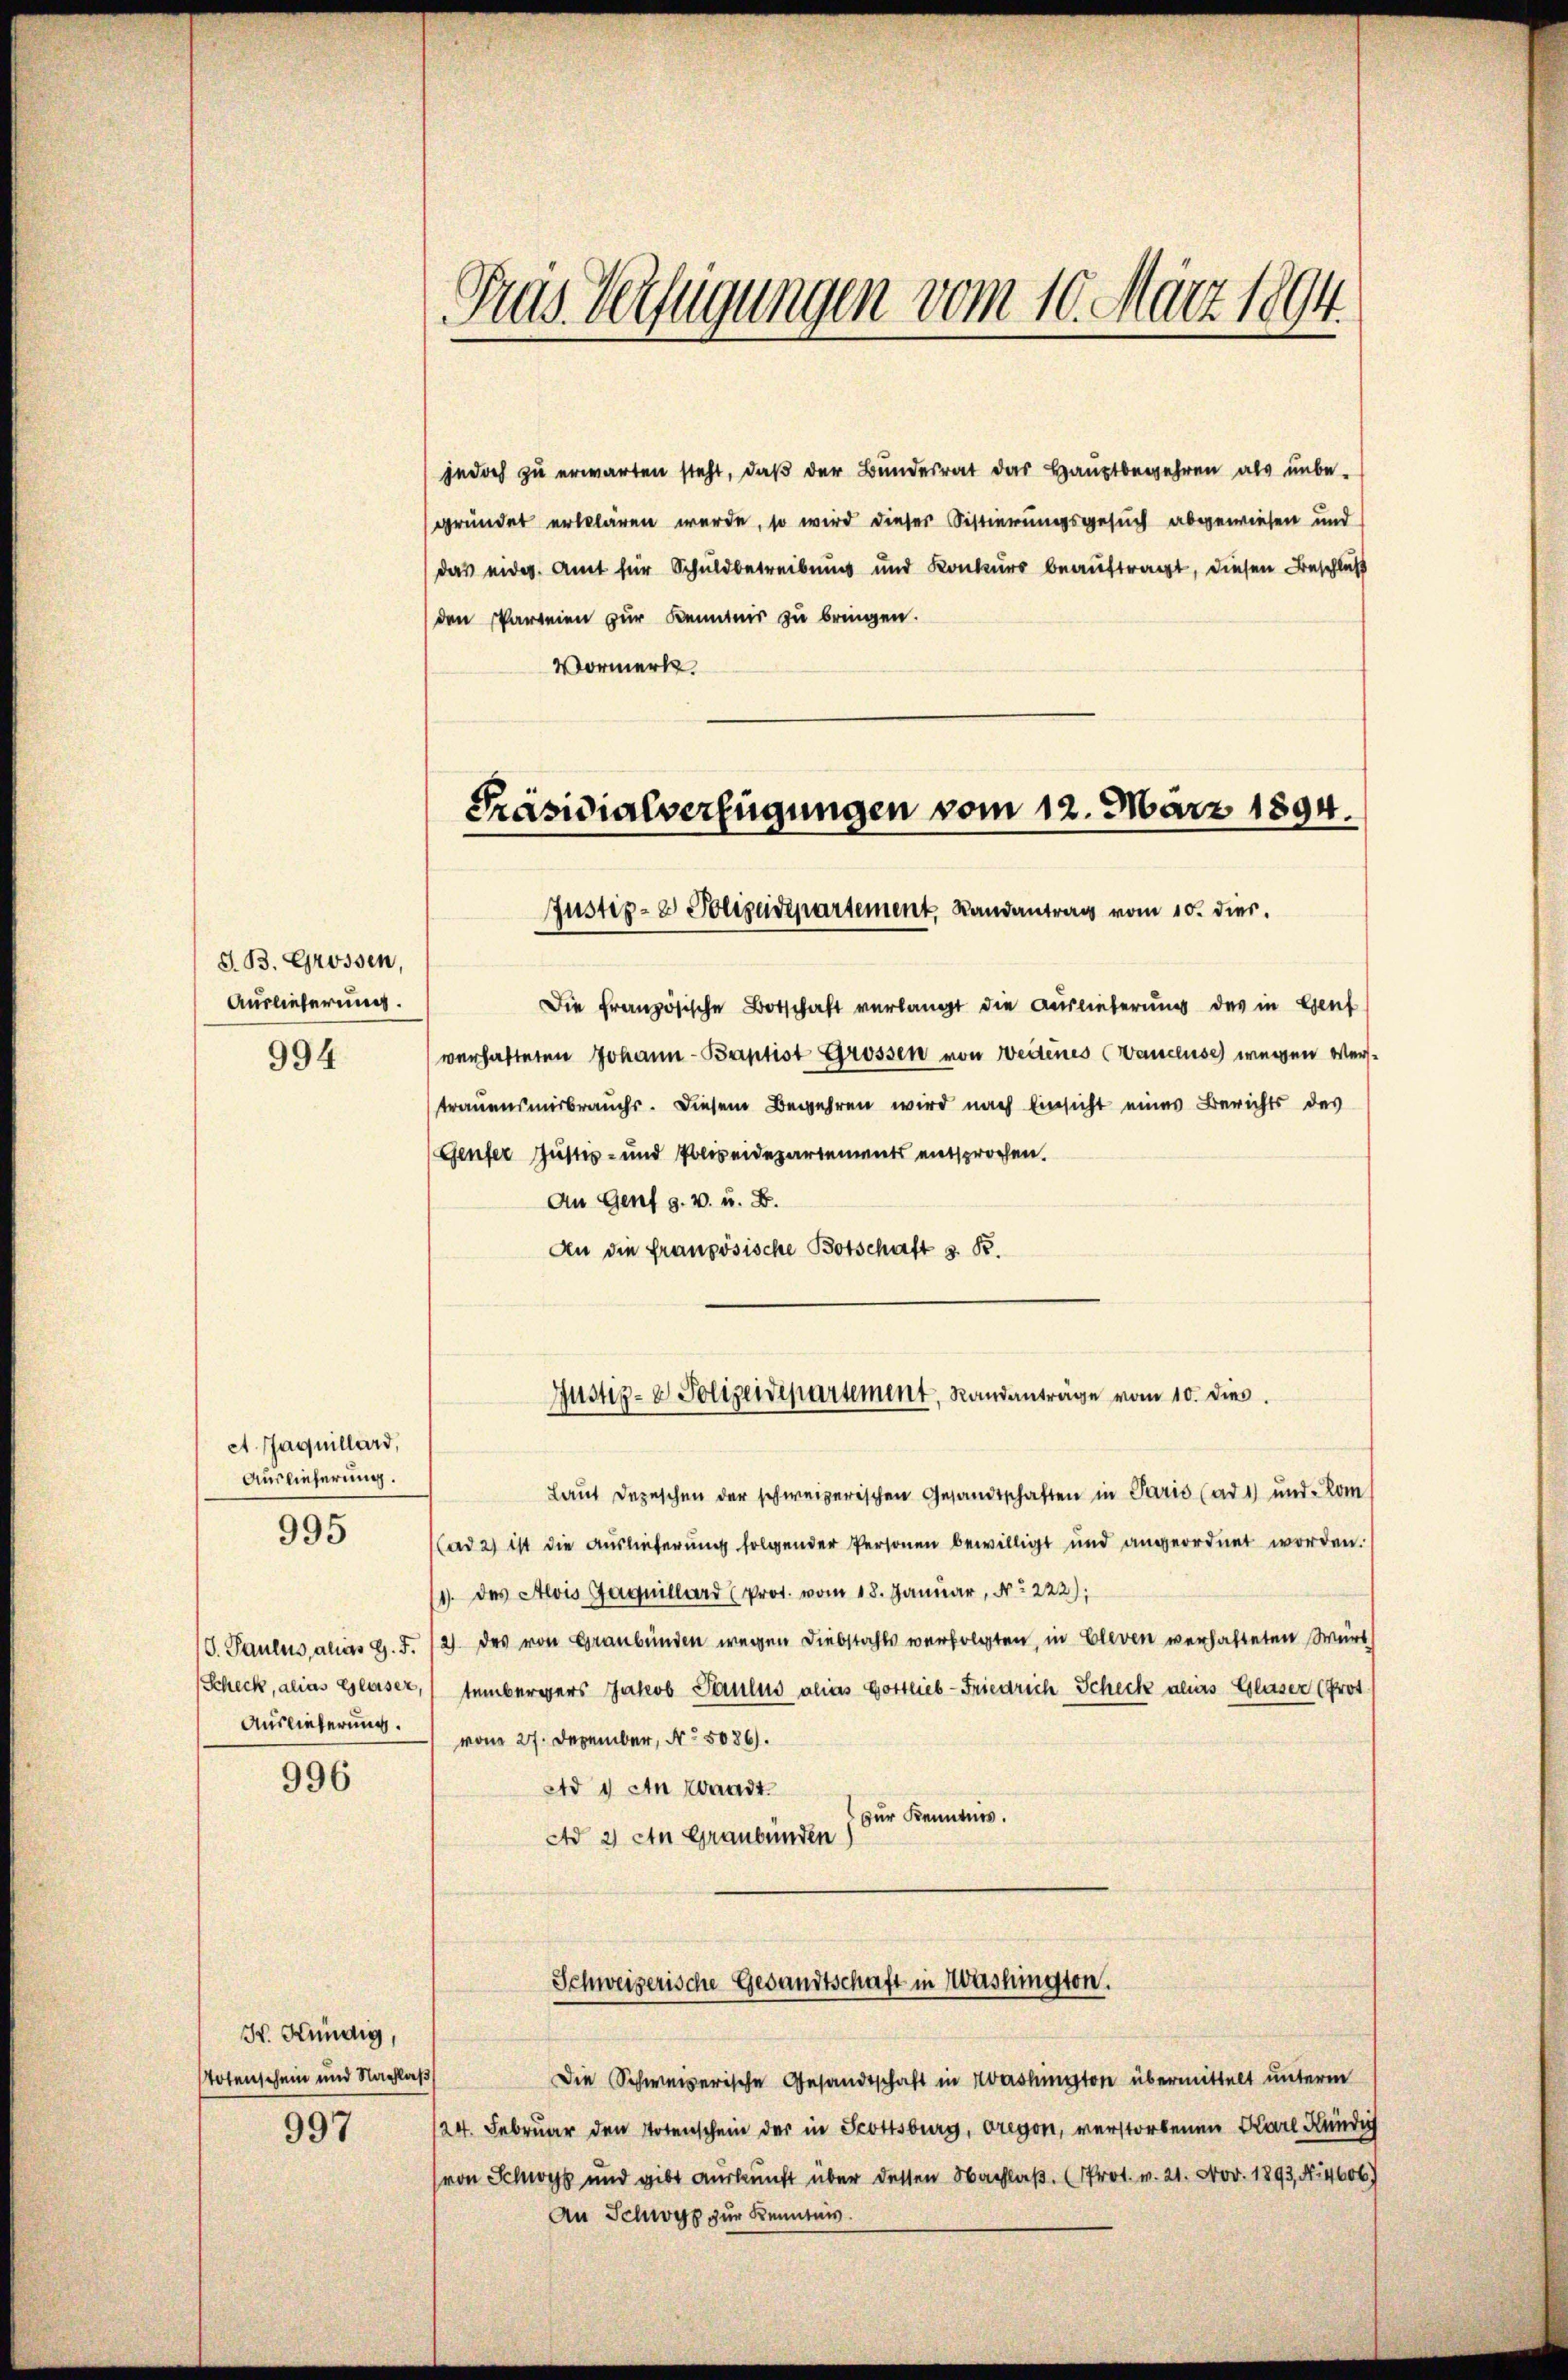
S. B. Grossen,
Auslieferung.
994

A. Jaquillard,
Auslieferung.
995

V. Paulus, aliis G. F.
Scheck, alias Glaser,
Auslieferung.

996

997

H. Kündig,
Totenschein und Nachlaß

Pras Verfügungen vom 10. März 1894.

jedoch zu erwarten steht, daß der Bundesrat das Hauptbegehren als unbe-
gründet erklären werde, so wird dieser Sistierungsgesuch abgewiesen und
das eidg. Amt für Schuldbetreibung und Konkurs beauftragt, diesen Beschluß
(den Parteien zur Kenntnis zu bringen.
Vormerk.

Präsidialverfügungen vom 12. März 1894.
Justiz- & Polizeidepartement Landantrag vom 10. dies.

Justiz- & Polizeidepartement, Randanträge vom 10. dies

Die französische Botschaft verlangt die Auslieferung des in Genf
verhafteten Johann - Baptist Grossen von Weitenes (Vanceuse wegen Verstrauensmisbrauchs. Diesem Begehren wird nach Einsicht eines Berichts des
Genfer Justiz- und Polizeidepartements entsprochen.
An Genf g. v. u. B.
An die französische Botschaft z. B.

Laut Depeschen der schweizerischen Gesandtschaften in Paris (ad 1) und kom
(ad 2) ist die Auslieferung folgender Personen bewilligt und angeordnet worden.
1. des Alois Gaquillard (Prot. vom 18. Januar, No 222),
2) des von Graubünden wegen Diebstahls verfolgten, in Cleven verhalteten Würt
tembergers Jakob Paulus alias Gottlieb-Friedrich Scheck als Glaser (Prot
vom 27. Dezember, No 5086).
Ad 1 An Waadt.
zur Kenntnis.
Ad 2) An Graubünden

Schweizerische Gesandtschaft in Washington.

(von Schwyz und gibt Auskunft über dessen Nachlaβ. (Prot. v. 21. Nov. 1893, N. 4606)
An Schwyz zur Kenntnis.

Die Schweizerische Gesandtschaft in Washington übermittelt unterm
124. Februar den Totenschein der in Scottsburg, regen, verstorbenen Karl Kündig